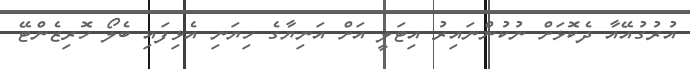
އުރުގުއޭއާ ދެކޮޅަށް ނުކުންނައިރު އިޓަލީ އަށް އަނިޔާގެ ހިޔަނި އެޅިފައި ބެލޯ ހޮރިޒެންޓޭ